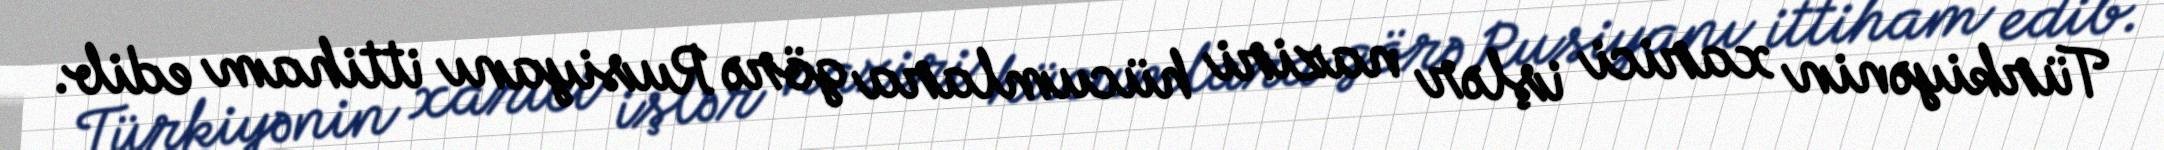
Türkiyənin xarici işlər naziri hücumlara görə Rusiyanı ittiham edib.